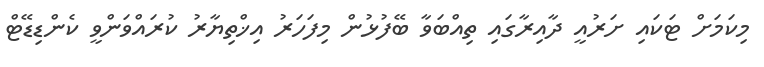
މިކަމަށް ޓަކައި ށަރުއީ ދާއިރާގައި ތިއްބަވާ ބޭފުޅުން މިފަހަރު އިޚްތިޔާރު ކުރައްވަންވީ ކެންޑިޑޭޓް